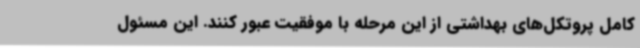
کامل پروتکل‌های بهداشتی از این مرحله با موفقیت عبور کنند. این مسئول